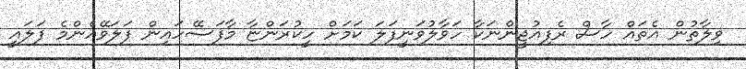
ވިލާތުން އެތައް ހާސް ރެފިއުޖީންނަކާ ހަވާލުވަނީފަލަ ކަމަށް ހީކުރަންޏާ މާފަސޭހައިން ފަލަވޭއެންމެ ފަލައީ